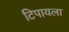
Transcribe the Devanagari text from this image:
टिपायला